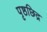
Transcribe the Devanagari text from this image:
पृष्ठछिद्र